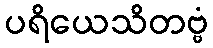
ပရိယေသိတဗ္ဗံ